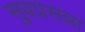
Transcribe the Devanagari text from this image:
सुवप्रसन्ना